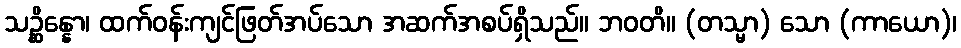
သဉ္ဆိန္နော၊ ထက်ဝန်းကျင်ဖြတ်အပ်သော အဆက်အစပ်ရှိသည်။ ဘဝတိ။ (တသ္မာ) သော (ကာယော)၊